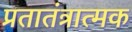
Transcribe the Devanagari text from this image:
प्रतातंत्रात्मक